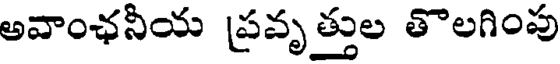
అవాంఛనీయ ప్రవృత్తుల తొలగింపు